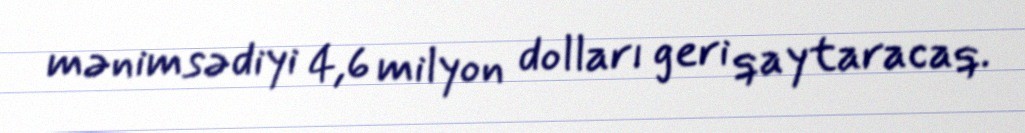
mənimsədiyi 4,6 milyon dolları geri qaytaracaq.